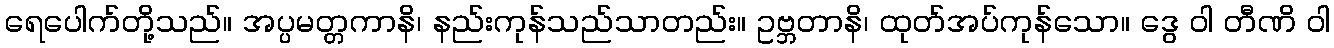
ရေပေါက်တို့သည်။ အပ္ပမတ္တကာနိ၊ နည်းကုန်သည်သာတည်း။ ဥဗ္ဘတာနိ၊ ထုတ်အပ်ကုန်သော။ ဒွေ ဝါ တီဏိ ဝါ